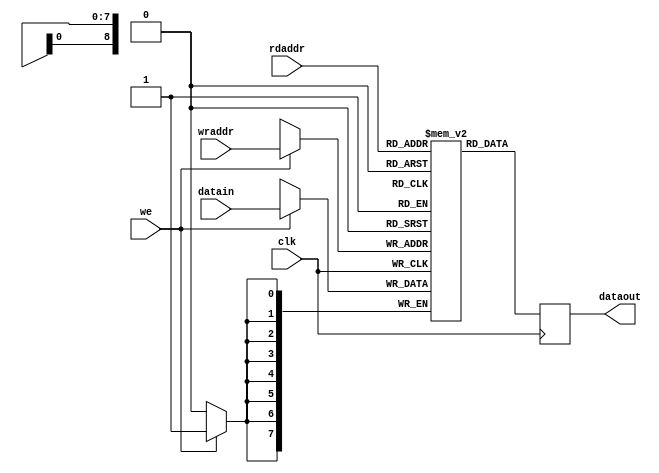
module mem512b_1(
	rdaddr, 
	wraddr, 
	datain,  
	dataout, 
	we, 
	clk
);
	input [8:0] rdaddr;
	input [8:0] wraddr;
	input      [7:0] datain;
	output reg [7:0] dataout;
	input we;
	input clk;
	reg [7:0] mem[0:511]; 
	always @(posedge clk)
	begin
		dataout <= mem[rdaddr]; 
		if( we ) 
		begin
			mem[wraddr] <= datain;
		end
	end
endmodule